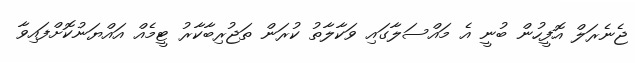
ޖެނެރަލް އޮފީހުން ބުނީ އެ މައްސަލާގައި ވަކާލާތު ކުރަން ތަޖުރިބާކާރު ޓީމެއް އައްޔަނުކޮށްފައިވާ